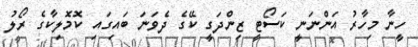
ހީނާ މިހާރު އަންނަނީ ކަސޯޓީ ޒިންދަގީ ކޭގެ ދެވަނަ ބައިގައި ކޮމޮލިކާގެ ރޯލު